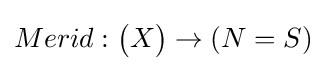
Merid:{\bigl (}X{\bigr )}\to (N=S)